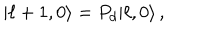
| \ell + 1 , 0 \rangle = P _ { d } | \ell , 0 \rangle \, ,